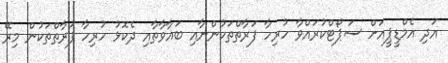
އަދި އެމްޑީޕީއަށް ސަޕޯޓްކުރައްވާ ހުރިހާ ފަރާތްތަކުންނާއި ބަޣާވާތާއި ދެކޮޅު ހުރިހާ ފަރާތްތަކުން މިރޭ